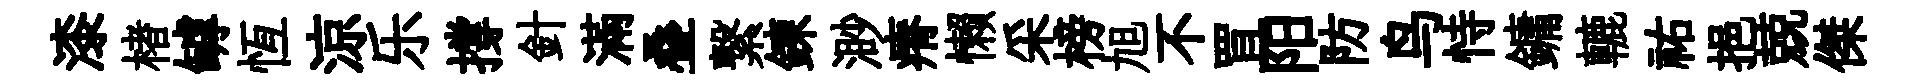
漆楮罅恆涼乐撐針滿叠繋錬渺瘠懒采榜旭不罝阳防鸟恃鏞轆祐挹兢傑